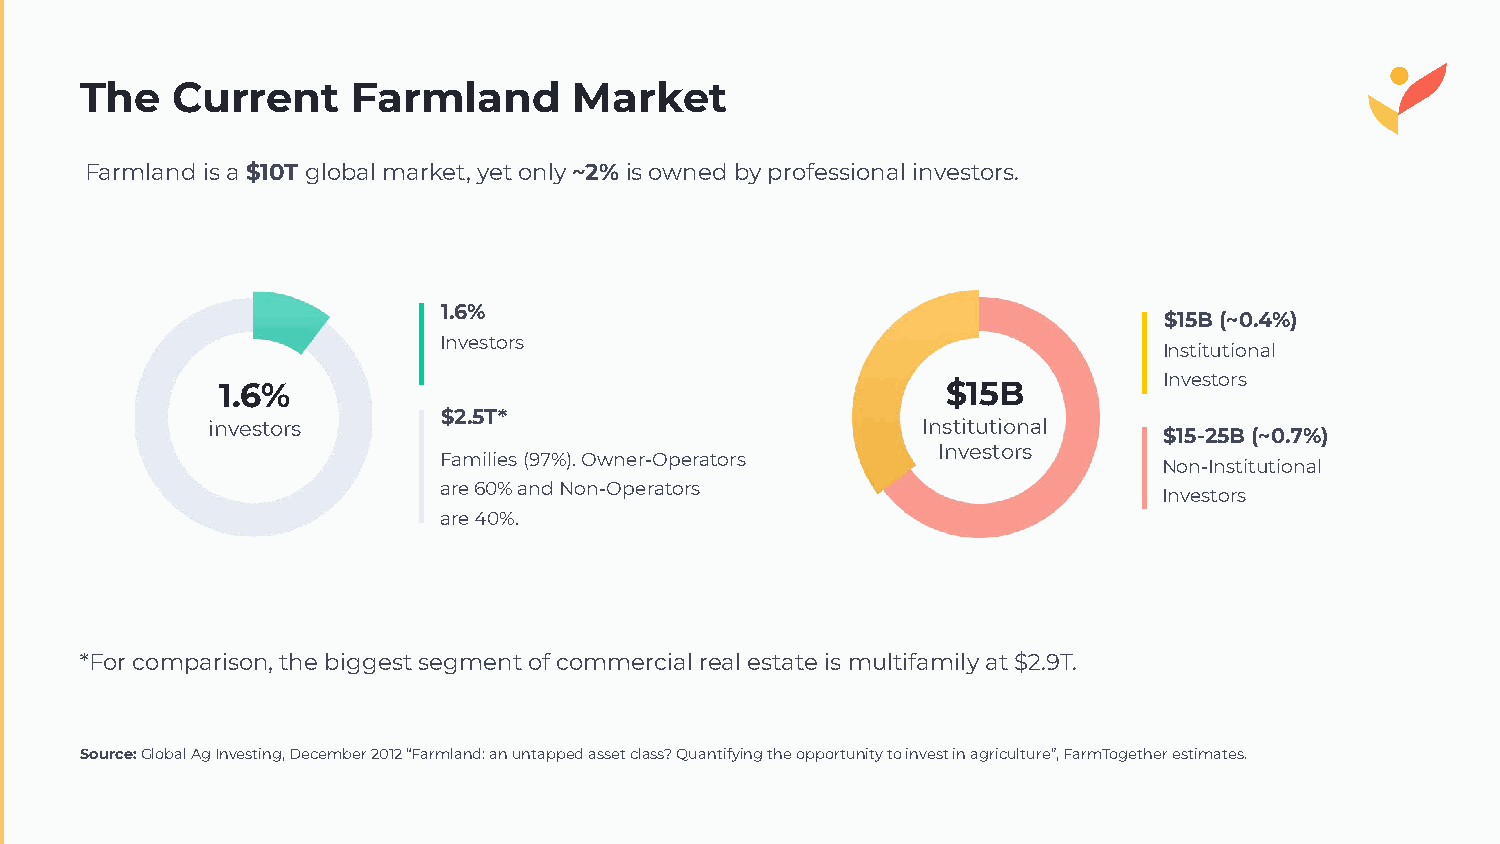
The   Current     Farmland       Market
 Farmland is a $10T global market, yet only ~2% is owned by professional investors.
 1.6%
 $15B (~0.4%)
 Investors
 Institutional
 Investors
 1.6%                                            $15B
 $2.5T*
 investors                                      Institutional
 $15-25B (~0.7%)
 Investors
 Families (97%). Owner-Operators
 Non-Institutional
 are 60% and Non-Operators
 Investors
 are 40%.
 *For comparison, the biggest segment of commercial real estate is multifamily at $2.9T.
 Source: Global Ag Investing, December 2012 “Farmland: an untapped asset class? Quantifying the opportunity to invest in agriculture”, FarmTogether estimates.